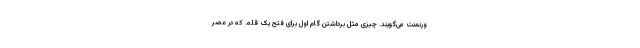
ورنمنت می‌گویند. چیزی مثل برداشتن گام اول برای فتح یک قله. که در عصر